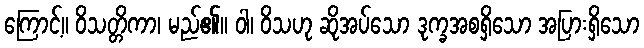
ကြောင့်။ ဝိသတ္တိကာ၊ မည်၏။ ဝါ၊ ဝိသဟု ဆိုအပ်သော ဒုက္ခအစရှိသော အပြားရှိသော